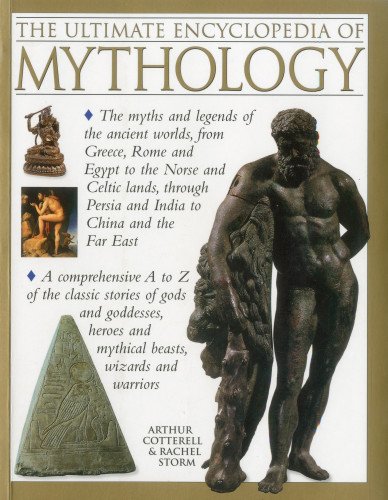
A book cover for The Ultimate Encyclopedia of Mythology: The myths and legends of the ancient worlds, from Greece, Rome and Egypt to the Norse and Celtic lands, through Persia and India to China and the Far East; Arthur Cotterell; Politics & Social Sciences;